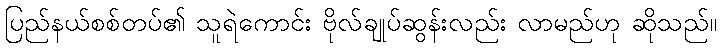
ပြည်နယ်စစ်တပ်၏ သူရဲကောင်း ဗိုလ်ချုပ်ဆွန်းလည်း လာမည်ဟု ဆိုသည်။